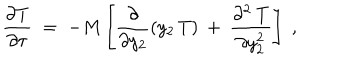
\frac { \partial { T } } { \partial \tau } \; = \; - M \left[ \frac { \partial } { \partial y _ { 2 } } ( y _ { 2 } \, { T } ) \: + \: \frac { \partial ^ { 2 } \: { T } } { \partial y _ { 2 } ^ { 2 } } \right] \; ,